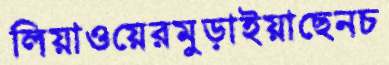
লিয়াওয়েরমুড়াইয়াছেনচ